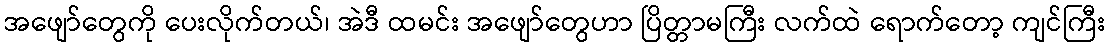
အဖျော်တွေကို ပေးလိုက်တယ်၊ အဲဒီ ထမင်း အဖျော်တွေဟာ ပြိတ္တာမကြီး လက်ထဲ ရောက်တော့ ကျင်ကြီး